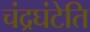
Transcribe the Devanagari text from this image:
चंद्रघंटेति